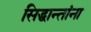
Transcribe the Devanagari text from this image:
सिद्धान्तांना